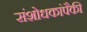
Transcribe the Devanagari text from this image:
संशोधकांपैकी